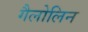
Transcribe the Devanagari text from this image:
गैलोलिन